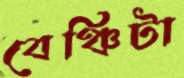
বেঞ্চিটা